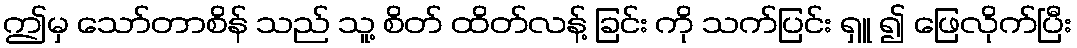
ဤမှ သော်တာစိန် သည် သူ့ စိတ် ထိတ်လန့် ခြင်း ကို သက်ပြင်း ရှူ ၍ ဖြေလိုက်ပြီး